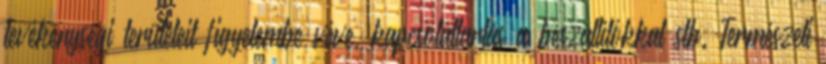
tevékenységi területeit figyelembe véve, kapcsolattartás a beszállítókkal stb. Természeti